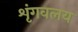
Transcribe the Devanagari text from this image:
शृंगवलय